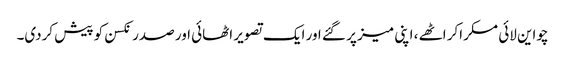
چواین لائی مسکراکر اٹھے ، اپنی میز پر گئے اور ایک تصویر اٹھائی اور صدر نکسن کو پیش کردی۔